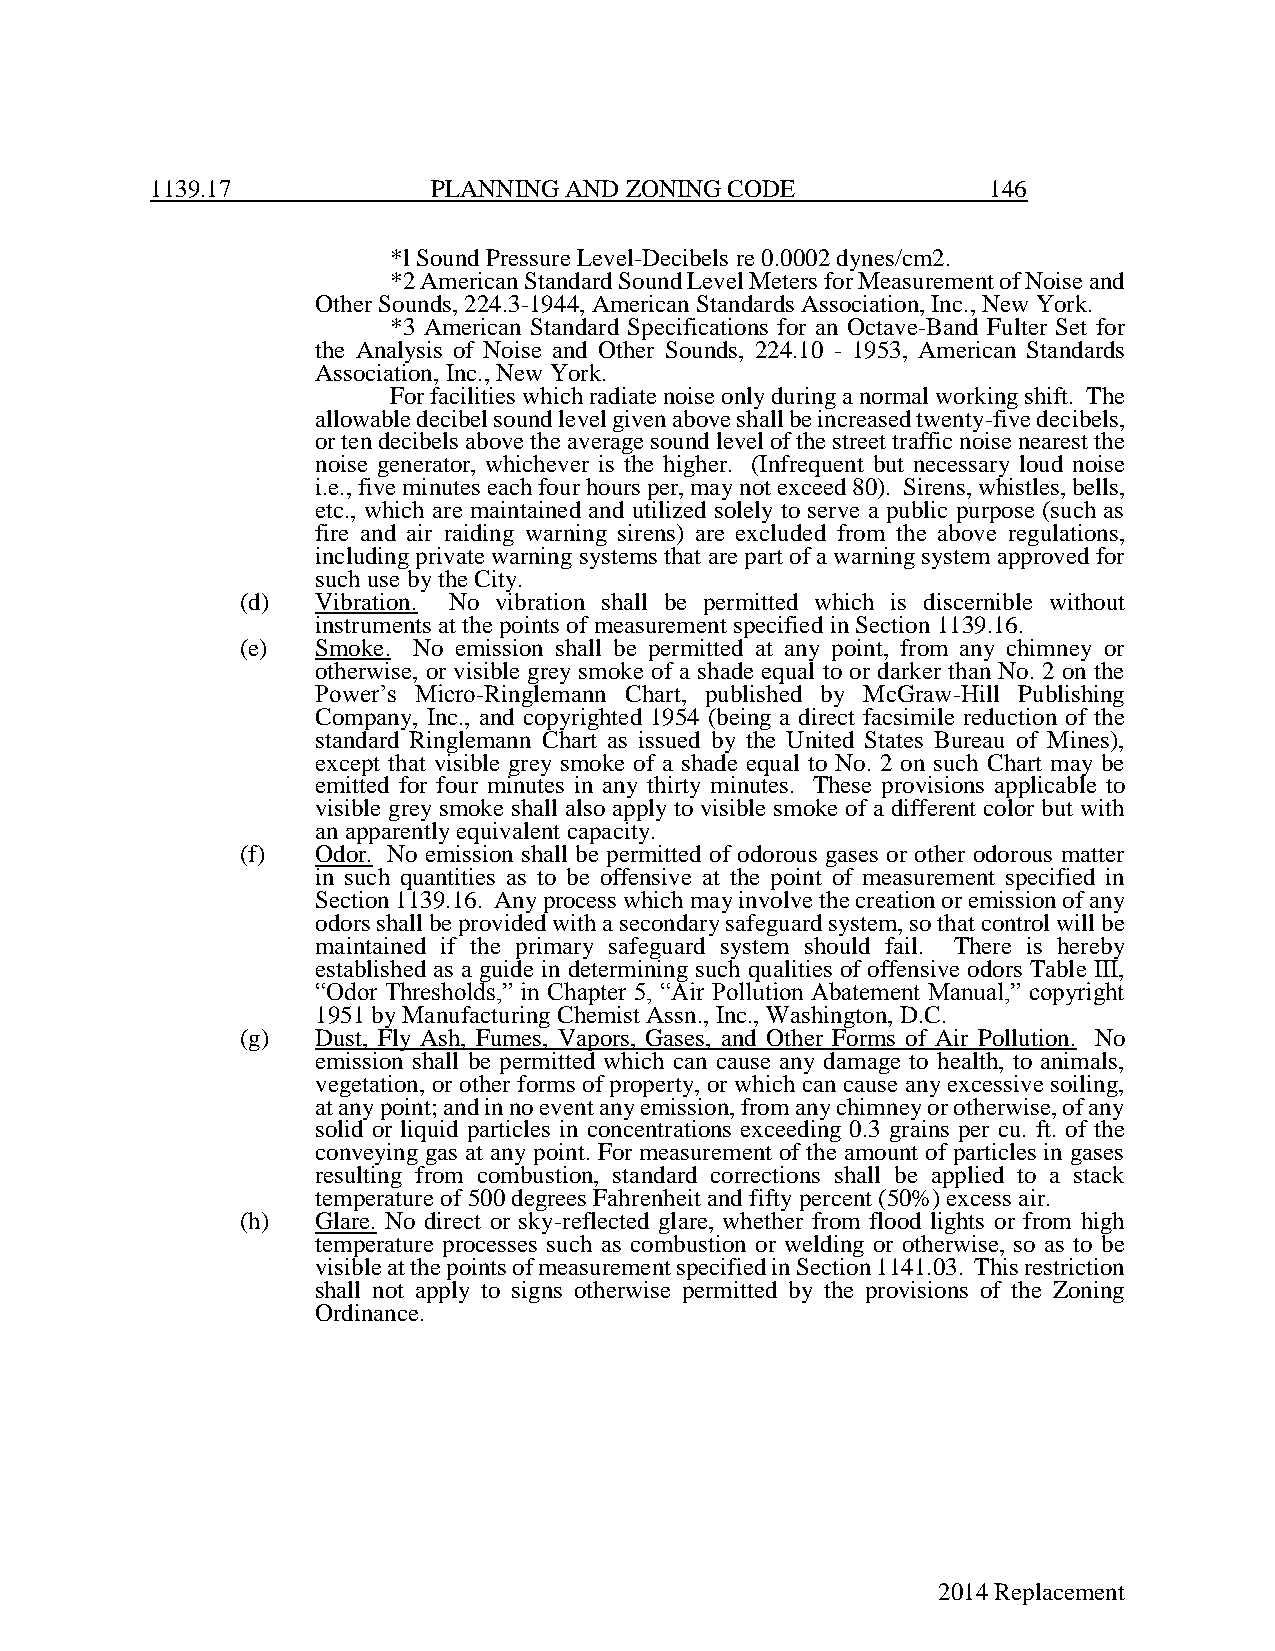
1139.17            PLANNING AND ZONING CODE             146
 *l Sound Pressure Level-Decibels re 0.0002 dynes/cm2.
 *2 American Standard Sound Level Meters for Measurement of Noise and
 Other Sounds, 224.3-1944, American Standards Association, Inc., New York.
 *3 American Standard Specifications for an Octave-Band Fulter Set for
 the Analysis of Noise and Other Sounds, 224.10 - 1953, American Standards
 Association, Inc., New York.
 For facilities which radiate noise only during a normal working shift. The
 allowable decibel sound level given above shall be increased twenty-five decibels,
 or ten decibels above the average sound level of the street traffic noise nearest the
 noise generator, whichever is the higher. (Infrequent but necessary loud noise
 i.e., five minutes each four hours per, may not exceed 80). Sirens, whistles, bells,
 etc., which are maintained and utilized solely to serve a public purpose (such as
 fire and air raiding warning sirens) are excluded from the above regulations,
 including private warning systems that are part of a warning system approved for
 such use by the City.
 (d)  Vibration. No vibration shall be permitted which is discernible without
 instruments at the points of measurement specified in Section 1139.16.
 (e)  Smoke. No emission shall be permitted at any point, from any chimney or
 otherwise, or visible grey smoke of a shade equal to or darker than No. 2 on the
 Power’s Micro-Ringlemann Chart, published by McGraw-Hill Publishing
 Company, Inc., and copyrighted 1954 (being a direct facsimile reduction of the
 standard Ringlemann Chart as issued by the United States Bureau of Mines),
 except that visible grey smoke of a shade equal to No. 2 on such Chart may be
 emitted for four minutes in any thirty minutes. These provisions applicable to
 visible grey smoke shall also apply to visible smoke of a different color but with
 an apparently equivalent capacity.
 (f)  Odor. No emission shall be permitted of odorous gases or other odorous matter
 in such quantities as to be offensive at the point of measurement specified in
 Section 1139.16. Any process which may involve the creation or emission of any
 odors shall be provided with a secondary safeguard system, so that control will be
 maintained if the primary safeguard system should fail. There is hereby
 established as a guide in determining such qualities of offensive odors Table III,
 “Odor Thresholds,” in Chapter 5, “Air Pollution Abatement Manual,” copyright
 1951 by Manufacturing Chemist Assn., Inc., Washington, D.C.
 (g)  Dust, Fly Ash, Fumes, Vapors, Gases, and Other Forms of Air Pollution. No
 emission shall be permitted which can cause any damage to health, to animals,
 vegetation, or other forms of property, or which can cause any excessive soiling,
 at any point; and in no event any emission, from any chimney or otherwise, of any
 solid or liquid particles in concentrations exceeding 0.3 grains per cu. ft. of the
 conveying gas at any point. For measurement of the amount of particles in gases
 resulting from combustion, standard corrections shall be applied to a stack
 temperature of 500 degrees Fahrenheit and fifty percent (50%) excess air.
 (h)  Glare. No direct or sky-reflected glare, whether from flood lights or from high
 temperature processes such as combustion or welding or otherwise, so as to be
 visible at the points of measurement specified in Section 1141.03. This restriction
 shall not apply to signs otherwise permitted by the provisions of the Zoning
 Ordinance.
 2014 Replacement